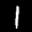
Label: 1